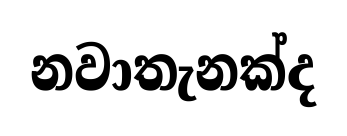
නවාතැනක්ද